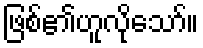
ဖြစ်၏ဟူလိုသော်။